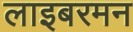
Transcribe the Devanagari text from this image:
लाइबरमन